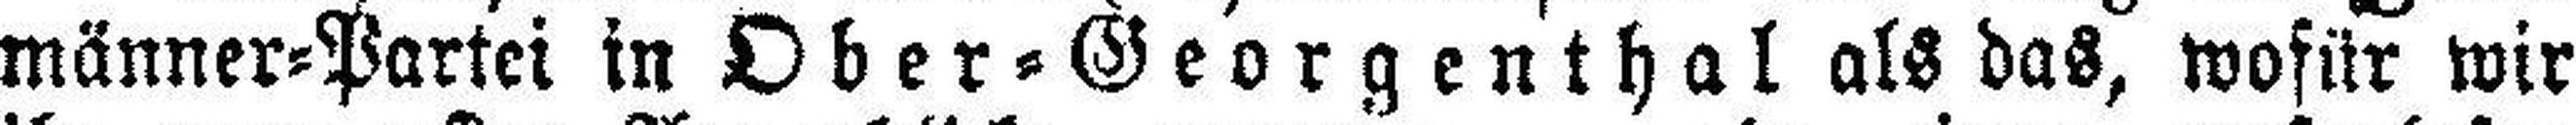
männer=Partei in Ober=Georgenthal als das, wofür wir